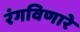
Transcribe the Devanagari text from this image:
रंगविणारे